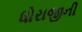
ધોરાજીની